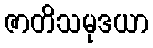
ဇာတိသမုဒယာ